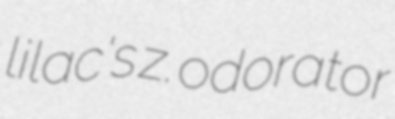
lilac's z. odorator